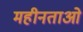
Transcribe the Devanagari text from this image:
महीनताओं